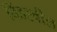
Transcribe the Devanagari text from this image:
विंडह्वील